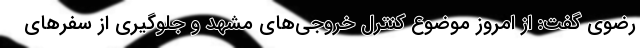
رضوی گفت: از امروز موضوع کنترل خروجی‌های مشهد و جلوگیری از سفرهای